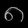
Digit: ၈